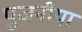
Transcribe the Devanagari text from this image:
पुजनीया